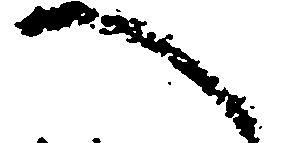
へ